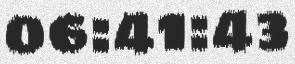
06:41:43